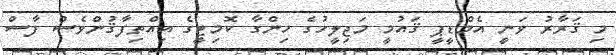
މި ޤަރާރު ވަނީ އެމްޑީޕީ ޤައުމީ މަޖިލީހުގެ ހިންގާ ކޮމިޓީގެ އިއްތިފާޤުންވެސް ފާސް